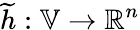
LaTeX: \widetilde{h}:\mathbb{V}\to\mathbb{R}^{n}